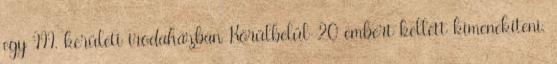
egy III. kerületi irodaházban Körülbelül 20 embert kellett kimenekíteni.